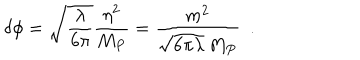
LaTeX: \delta \phi = \sqrt { \frac { \lambda } { 6 \pi } } { \frac { \eta ^ { 2 } } { M _ { P } } } = { \frac { m ^ { 2 } } { \sqrt { 6 \pi \lambda } \, M _ { P } } } \ ~ .